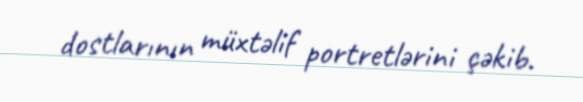
dostlarının müxtəlif portretlərini çəkib.